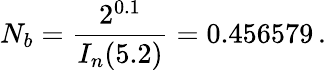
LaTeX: N_{b}=\frac{2^{0.1}}{I_{n}(5.2)}=0.456579\, .